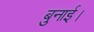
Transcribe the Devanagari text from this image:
बुनाई।